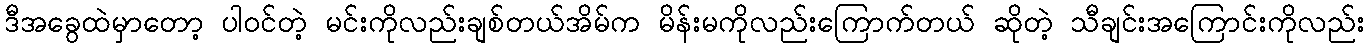
ဒီအခွေထဲမှာတော့ ပါဝင်တဲ့ မင်းကိုလည်းချစ်တယ်အိမ်က မိန်းမကိုလည်းကြောက်တယ် ဆိုတဲ့ သီချင်းအကြောင်းကိုလည်း